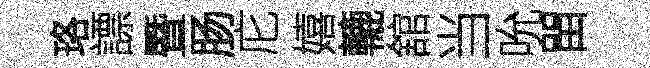
珞謤暨肠庀嬉轆舘当吮㽞